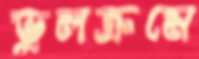
ভুলক্রমে